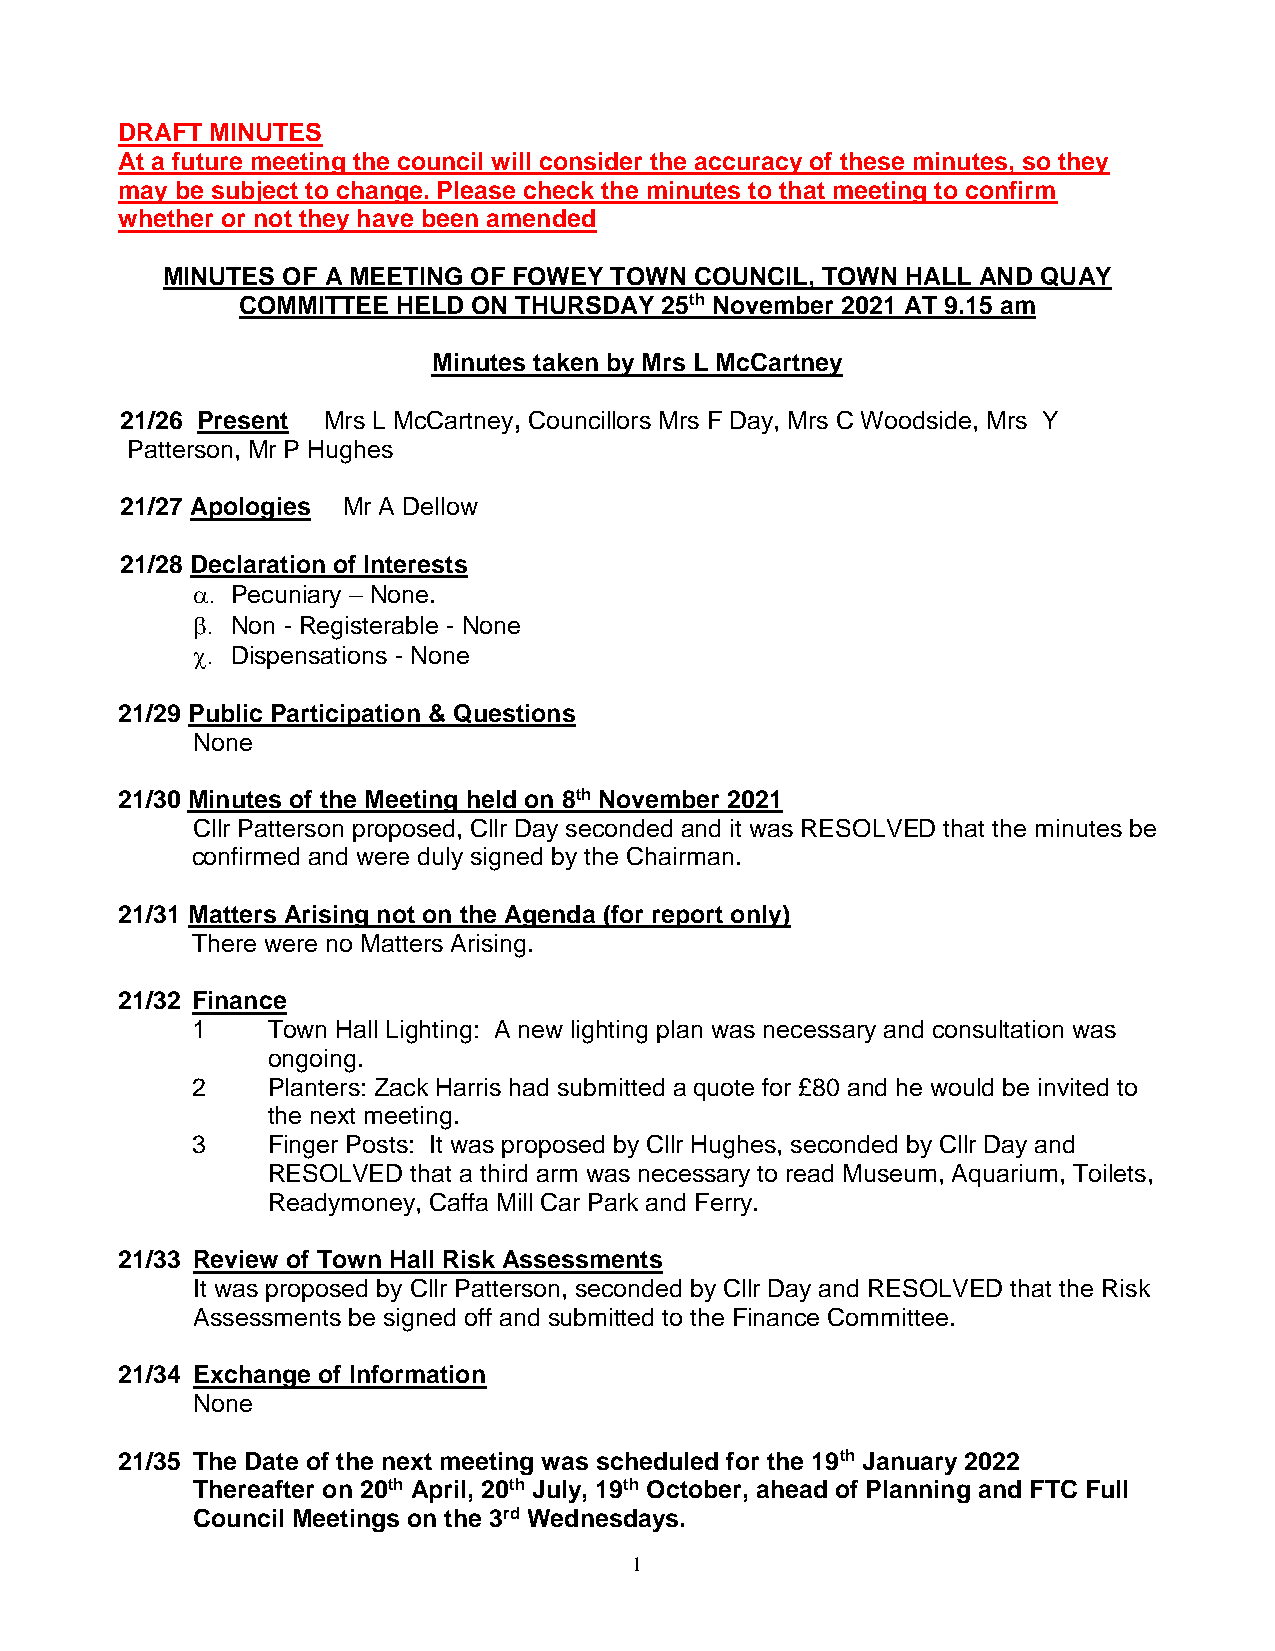
DRAFT MINUTES
 At a future meeting the council will consider the accuracy of these minutes, so they
 may be subject to change. Please check the minutes to that meeting to confirm
 whether or not they have been amended
 MINUTES OF A MEETING OF FOWEY TOWN COUNCIL, TOWN HALL AND QUAY
 COMMITTEE HELD ON THURSDAY  25th November 2021 AT 9.15 am
 Minutes taken by Mrs L McCartney
 21/26 Present Mrs L McCartney, Councillors Mrs F Day, Mrs C Woodside, Mrs Y
 Patterson, Mr P Hughes
 21/27 Apologies Mr A Dellow
 21/28 Declaration of Interests
  Pecuniary – None.
  Non - Registerable - None
  Dispensations - None
 21/29 Public Participation & Questions
 None
 21/30 Minutes of the Meeting held on 8th November 2021
 Cllr Patterson proposed, Cllr Day seconded and it was RESOLVED that the minutes be
 confirmed and were duly signed by the Chairman.
 21/31 Matters Arising not on the Agenda (for report only)
 There were no Matters Arising.
 21/32 Finance
 1    Town Hall Lighting: A new lighting plan was necessary and consultation was
 ongoing.
 2    Planters: Zack Harris had submitted a quote for £80 and he would be invited to
 the next meeting.
 3    Finger Posts: It was proposed by Cllr Hughes, seconded by Cllr Day and
 RESOLVED that a third arm was necessary to read Museum, Aquarium, Toilets,
 Readymoney, Caffa Mill Car Park and Ferry.
 21/33 Review of Town Hall Risk Assessments
 It was proposed by Cllr Patterson, seconded by Cllr Day and RESOLVED that the Risk
 Assessments be signed off and submitted to the Finance Committee.
 21/34 Exchange of Information
 None
 21/35 The Date of the next meeting was scheduled for the 19th January 2022
 Thereafter on 20th April, 20th July, 19th October, ahead of Planning and FTC Full
 Council Meetings on the 3rd Wednesdays.
 1